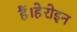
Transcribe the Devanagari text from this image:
हैं।हेरोइन